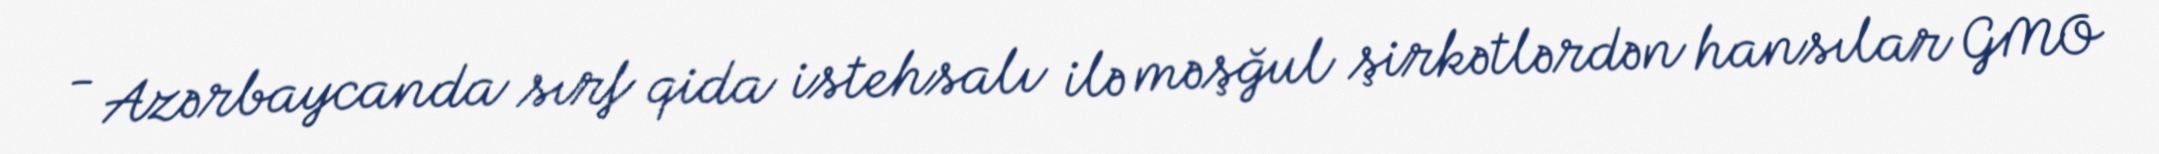
- Azərbaycanda sırf qida istehsalı ilə məşğul şirkətlərdən hansılar GMO